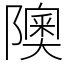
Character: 隩